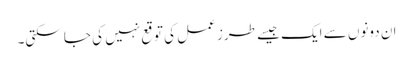
ان دونوں سے ایک جیسے طرز عمل کی توقع نہیں کی جا سکتی۔